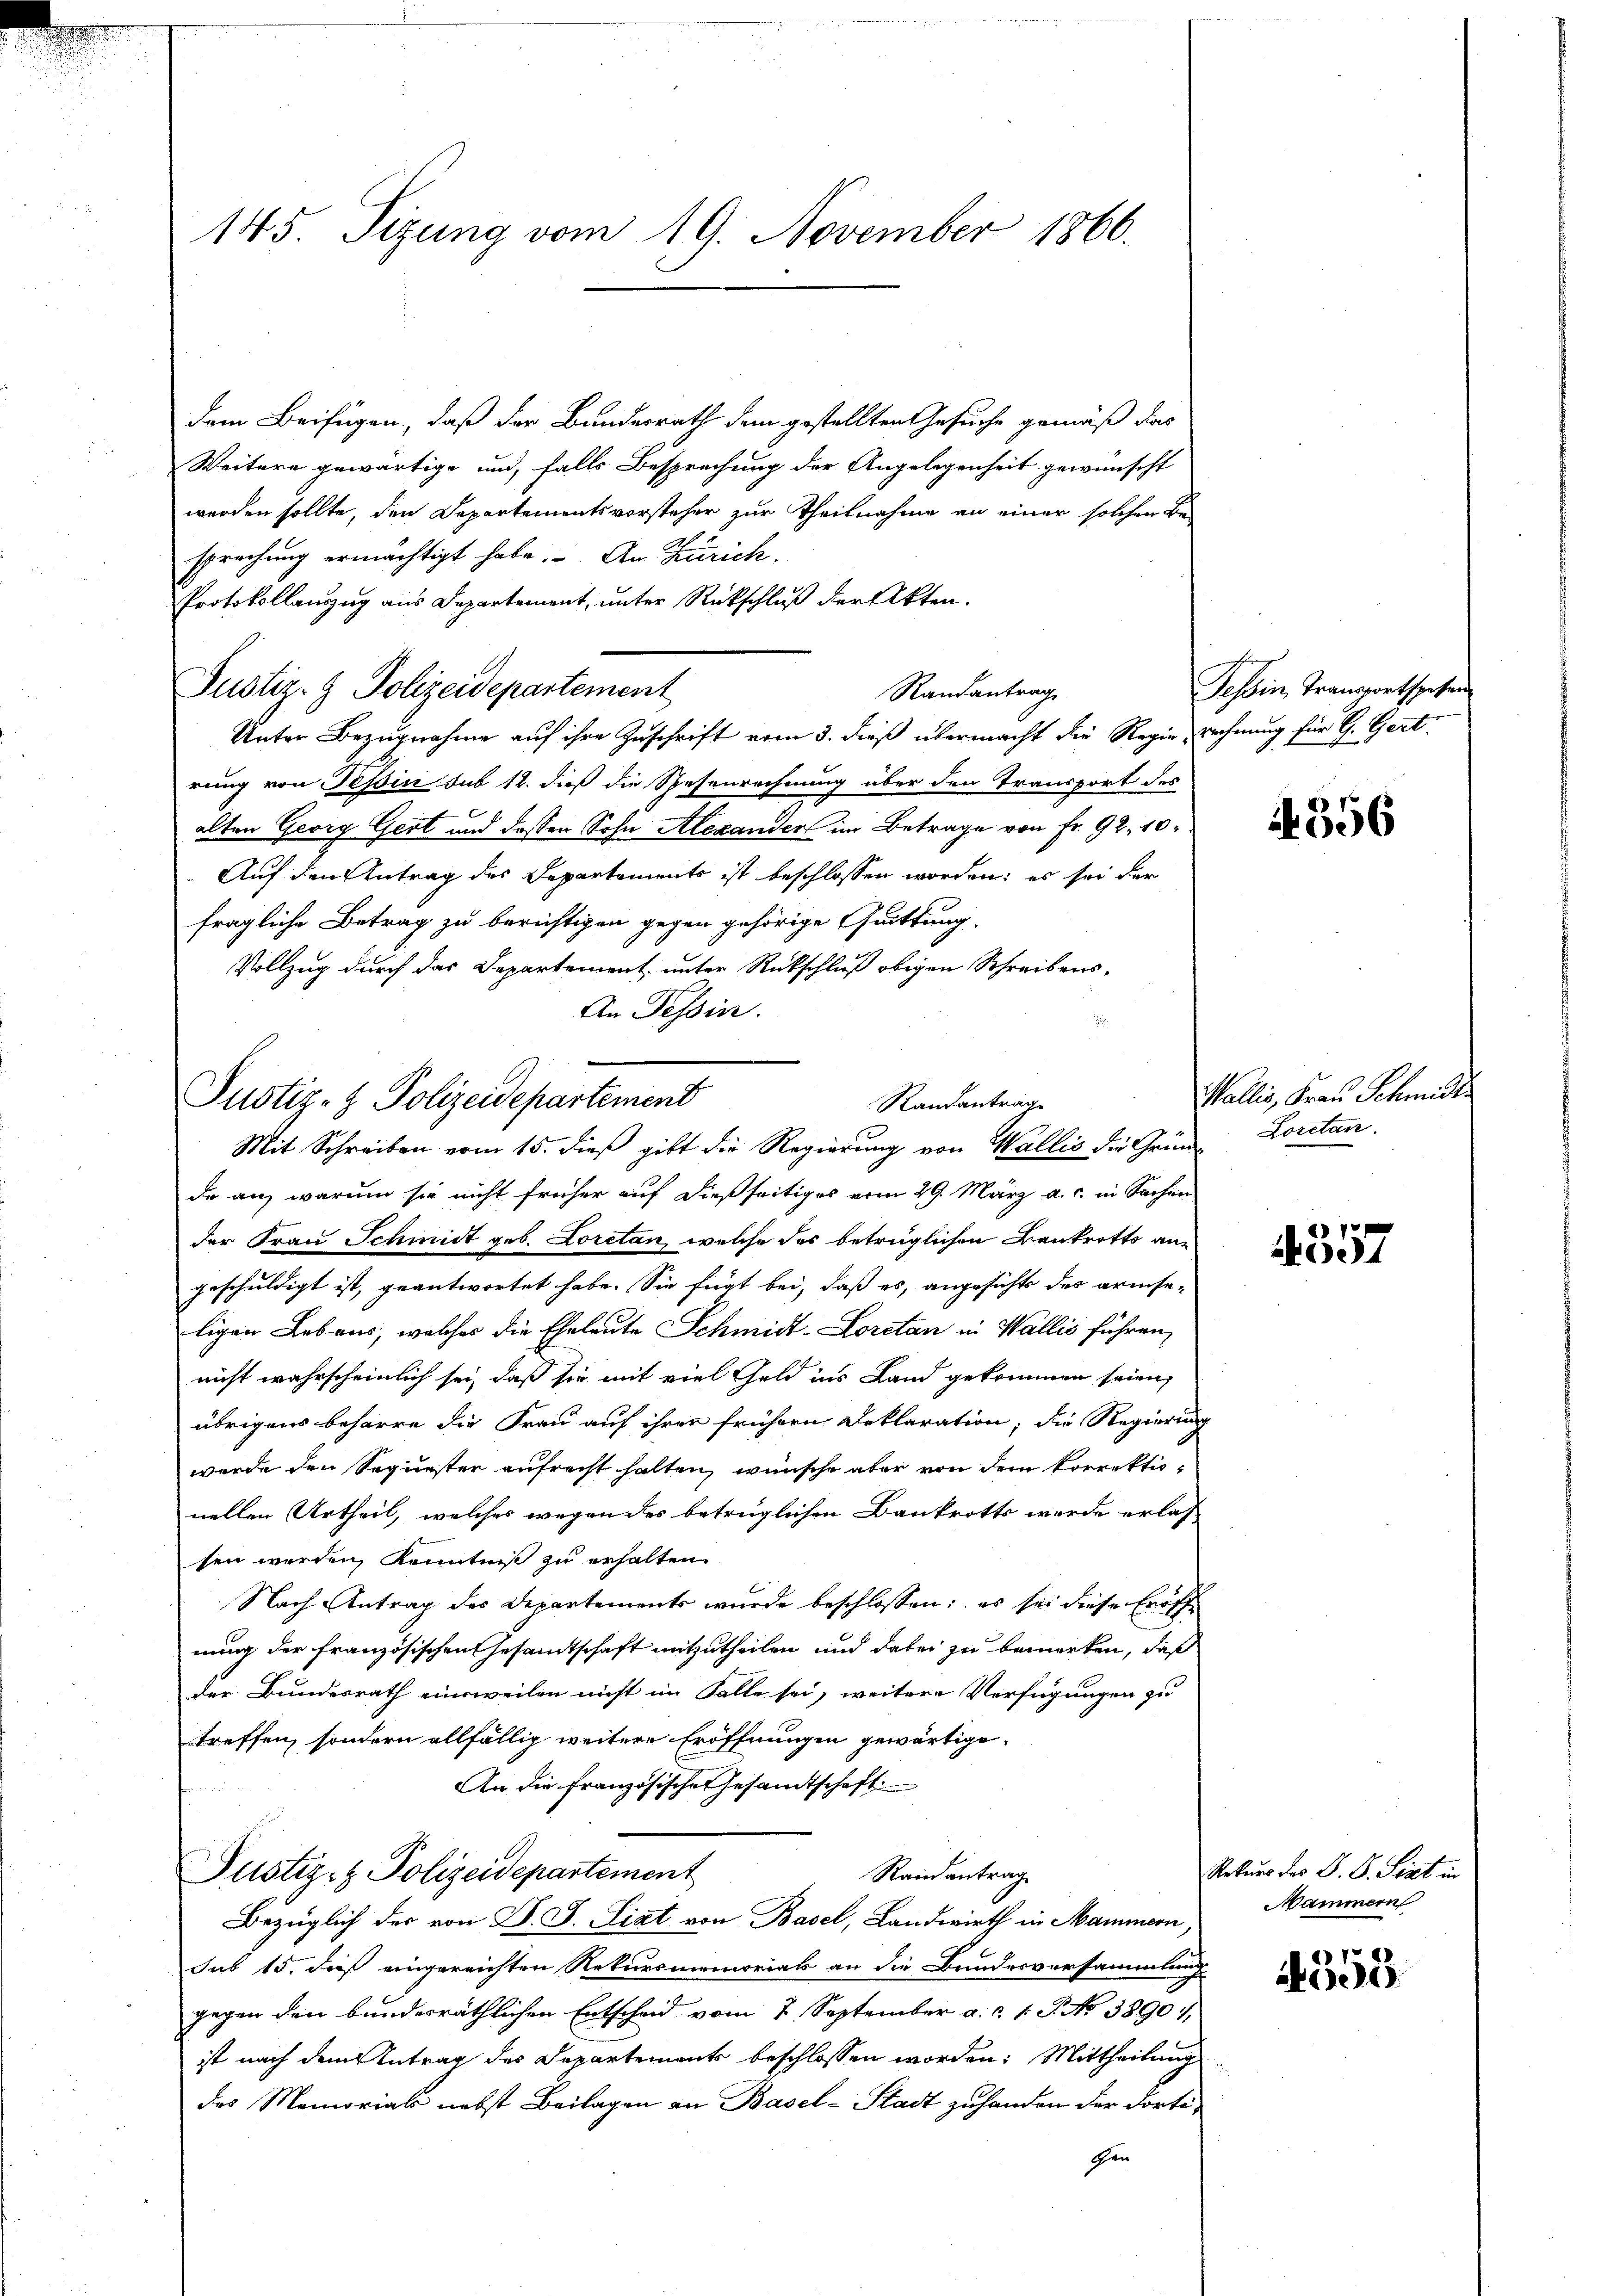
145. Sizung vom 19. November 1866.

dem Beifügen, daß der Bundesrath dem gestellten Gesuche gemäß das
Weitere gewärtige und, falls Besprechung der Angelegenheit gewünscht
werden sollte, den Departementsvorsteher zur Theilnahme an einer solchen Be-
sprechung ermächtigt habe. An Zürich.
Protokollauszug aus Departement, unter Rückschluß der Akten.
Justiz- & Polizeidepartement
Randantrag
Unter Bezugnahme auf ihre Zuschrift vom 3. dieß übermacht die Regierechnung für G. Gertrung von Tessin sub 12. dieß die Spesenrechnung über den Transport des
alten Georg Gert und dessen Sohn Alexanden im Betrage von Fr. 92. 10
Auf den Antrag des Departements ist beschlossen worden; es sei der
fragliche Betrag zu berichtigen gegen gehörige Quittung.
Vollzug durch das Departement unter Rückschluß obigen Schreibens¬
An Tessin.
de an, warum sie nicht früher auf dießseitiges vom 29. März a. c. in Sachen
der Frau Schmidt geb. Loretan, welche des betrüglichen Bankrotto angeschuldigt ist, geantwortet habe. Sie fügt bei, daß es, angesichts des armseligen Lebens, welches die Eheleute Schmidt-Loretan in Wallis führen,
nicht wahrscheinlich sei, daß sie mit viel Geld ins Land gekommen seien,
übrigens beharre die Frau auf ihrer frühern Deklaration; die Regierung
werde den Sequester aufrecht halten, wünsche aber von dem korrektionellen Urtheil, welches wegen des betrüglichen Bankrotts wurde erlas
sen werden, Kenntniß zu erhalten
Nach Antrag des Departements wurde beschlossen: es sei diese Eröffnung der französischen Gesamtschaft mitzutheilen und dabei zu bemerken, daß
der Bundesrath einsweilen nicht im Falle sei, weitere Verfügungen zu
treffen, sondern allfällig weitere Eröffnungen gewärtige.
An die französisches Gesandtschaft.
frommenen
Justiz- & Polizeidepartement
Randantrag
Bezüglich der von D. J. Sixt von Basel, Landwirth in Mammern,
Sub 15. dieß eingereichten Rekursmemorials an die Bundesversammlung
gegen den bundesräthlichen Entscheid vom 2. September a. c. 1. P. No 38901.
ist nach dem Antrag des Departements beschlossen worden: Mittheilung
des Memorials nebst Beilagen an Basel-Stadt zu handen der dorti¬
Chen

Justiz- & Polizeidepartement
Randanträge
Mit Schreiben vom 15. dieß gibt die Regierung von Wallis die Grün- Loretan.

Tessin, Transportspesen

A 356

Wallis, Frau Schmitte

4357

Rekurs des D. S. Fiat in
Mammern

355